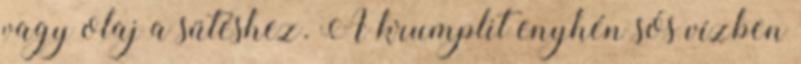
vagy olaj a sütéshez. A krumplit enyhén sós vízben